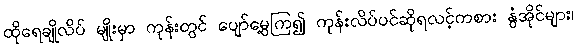
ထိုရေချိုလိပ် မျိုးမှာ ကုန်းတွင် ပျော်မွေ့ကြ၍ ကုန်းလိပ်ပင်ဆိုရလင့်ကစား နွံအိုင်များ၊